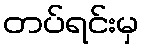
တပ်ရင်းမှ